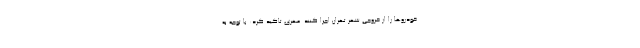
خودروها را از خروجی شهر تهران اجرا کنند. مهری تاکید کرد: با توجه به